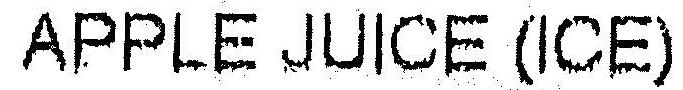
APPLE JUICE (ICE)